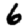
Digit: 6